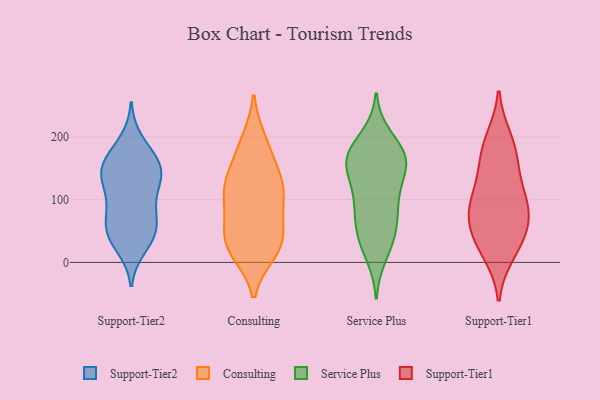
{"axis": {"x": "Conversion Rate (%)", "y": "Value"}, "legend": ["Consulting", "Service Plus", "Support-Tier1", "Support-Tier2"], "data": [{"x": "", "y": 119, "type": "Support-Tier2"}, {"x": "", "y": 42, "type": "Support-Tier2"}, {"x": "", "y": 56, "type": "Support-Tier2"}, {"x": "", "y": 142, "type": "Support-Tier2"}, {"x": "", "y": 78, "type": "Support-Tier2"}, {"x": "", "y": 35, "type": "Support-Tier2"}, {"x": "", "y": 156, "type": "Support-Tier2"}, {"x": "", "y": 168, "type": "Support-Tier2"}, {"x": "", "y": 151, "type": "Support-Tier2"}, {"x": "", "y": 134, "type": "Support-Tier2"}, {"x": "", "y": 143, "type": "Support-Tier2"}, {"x": "", "y": 50, "type": "Support-Tier2"}, {"x": "", "y": 132, "type": "Support-Tier2"}, {"x": "", "y": 57, "type": "Support-Tier2"}, {"x": "", "y": 93, "type": "Support-Tier2"}, {"x": "", "y": 88, "type": "Support-Tier2"}, {"x": "", "y": 171, "type": "Support-Tier2"}, {"x": "", "y": 194, "type": "Support-Tier2"}, {"x": "", "y": 24, "type": "Support-Tier2"}, {"x": "", "y": 190, "type": "Consulting"}, {"x": "", "y": 30, "type": "Consulting"}, {"x": "", "y": 63, "type": "Consulting"}, {"x": "", "y": 120, "type": "Consulting"}, {"x": "", "y": 19, "type": "Consulting"}, {"x": "", "y": 16, "type": "Consulting"}, {"x": "", "y": 115, "type": "Consulting"}, {"x": "", "y": 74, "type": "Consulting"}, {"x": "", "y": 111, "type": "Consulting"}, {"x": "", "y": 22, "type": "Consulting"}, {"x": "", "y": 32, "type": "Consulting"}, {"x": "", "y": 195, "type": "Consulting"}, {"x": "", "y": 134, "type": "Consulting"}, {"x": "", "y": 103, "type": "Consulting"}, {"x": "", "y": 133, "type": "Consulting"}, {"x": "", "y": 55, "type": "Consulting"}, {"x": "", "y": 163, "type": "Consulting"}, {"x": "", "y": 36, "type": "Service Plus"}, {"x": "", "y": 118, "type": "Service Plus"}, {"x": "", "y": 148, "type": "Service Plus"}, {"x": "", "y": 152, "type": "Service Plus"}, {"x": "", "y": 156, "type": "Service Plus"}, {"x": "", "y": 34, "type": "Service Plus"}, {"x": "", "y": 166, "type": "Service Plus"}, {"x": "", "y": 12, "type": "Service Plus"}, {"x": "", "y": 50, "type": "Service Plus"}, {"x": "", "y": 158, "type": "Service Plus"}, {"x": "", "y": 77, "type": "Service Plus"}, {"x": "", "y": 182, "type": "Service Plus"}, {"x": "", "y": 168, "type": "Service Plus"}, {"x": "", "y": 96, "type": "Service Plus"}, {"x": "", "y": 99, "type": "Service Plus"}, {"x": "", "y": 72, "type": "Service Plus"}, {"x": "", "y": 177, "type": "Service Plus"}, {"x": "", "y": 200, "type": "Service Plus"}, {"x": "", "y": 89, "type": "Support-Tier1"}, {"x": "", "y": 45, "type": "Support-Tier1"}, {"x": "", "y": 25, "type": "Support-Tier1"}, {"x": "", "y": 197, "type": "Support-Tier1"}, {"x": "", "y": 186, "type": "Support-Tier1"}, {"x": "", "y": 115, "type": "Support-Tier1"}, {"x": "", "y": 82, "type": "Support-Tier1"}, {"x": "", "y": 15, "type": "Support-Tier1"}, {"x": "", "y": 164, "type": "Support-Tier1"}, {"x": "", "y": 75, "type": "Support-Tier1"}, {"x": "", "y": 145, "type": "Support-Tier1"}, {"x": "", "y": 49, "type": "Support-Tier1"}, {"x": "", "y": 93, "type": "Support-Tier1"}]}